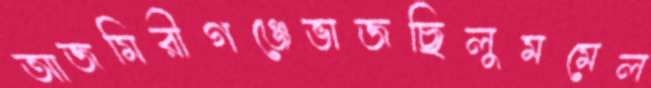
আজমিরীগঞ্জেভাজছিলুমমেল